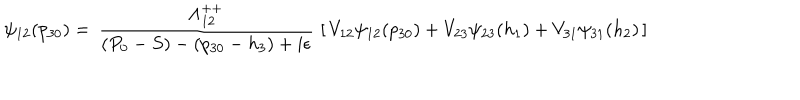
LaTeX: \psi _ { 1 2 } ( p _ { 3 0 } ) = \, { \frac { \Lambda _ { 1 2 } ^ { + + } } { ( P _ { 0 } - S ) - ( p _ { 3 0 } - h _ { 3 } ) + i \epsilon } } \, \left[ \, V _ { 1 2 } \psi _ { 1 2 } ( p _ { 3 0 } ) + V _ { 2 3 } \psi _ { 2 3 } ( h _ { 1 } ) + V _ { 3 1 } \psi _ { 3 1 } ( h _ { 2 } ) \, \right]